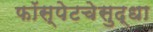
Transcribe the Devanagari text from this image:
फॉस्पेटचेसुद्धा